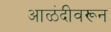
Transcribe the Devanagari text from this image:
आळंदीवरून